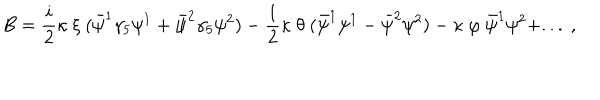
LaTeX: B = { \frac { i } { 2 } } \kappa \ \xi \ ( \bar { \psi } ^ { 1 } \gamma _ { 5 } \psi ^ { 1 } + \bar { \psi } ^ { 2 } \gamma _ { 5 } \psi ^ { 2 } ) - { \frac { 1 } { 2 } } \kappa \ \theta \ ( \bar { \psi } ^ { 1 } \psi ^ { 1 } - \bar { \psi } ^ { 2 } \psi ^ { 2 } ) - \kappa \ \varphi \ \bar { \psi } ^ { 1 } \psi ^ { 2 } + . . . \ , \,